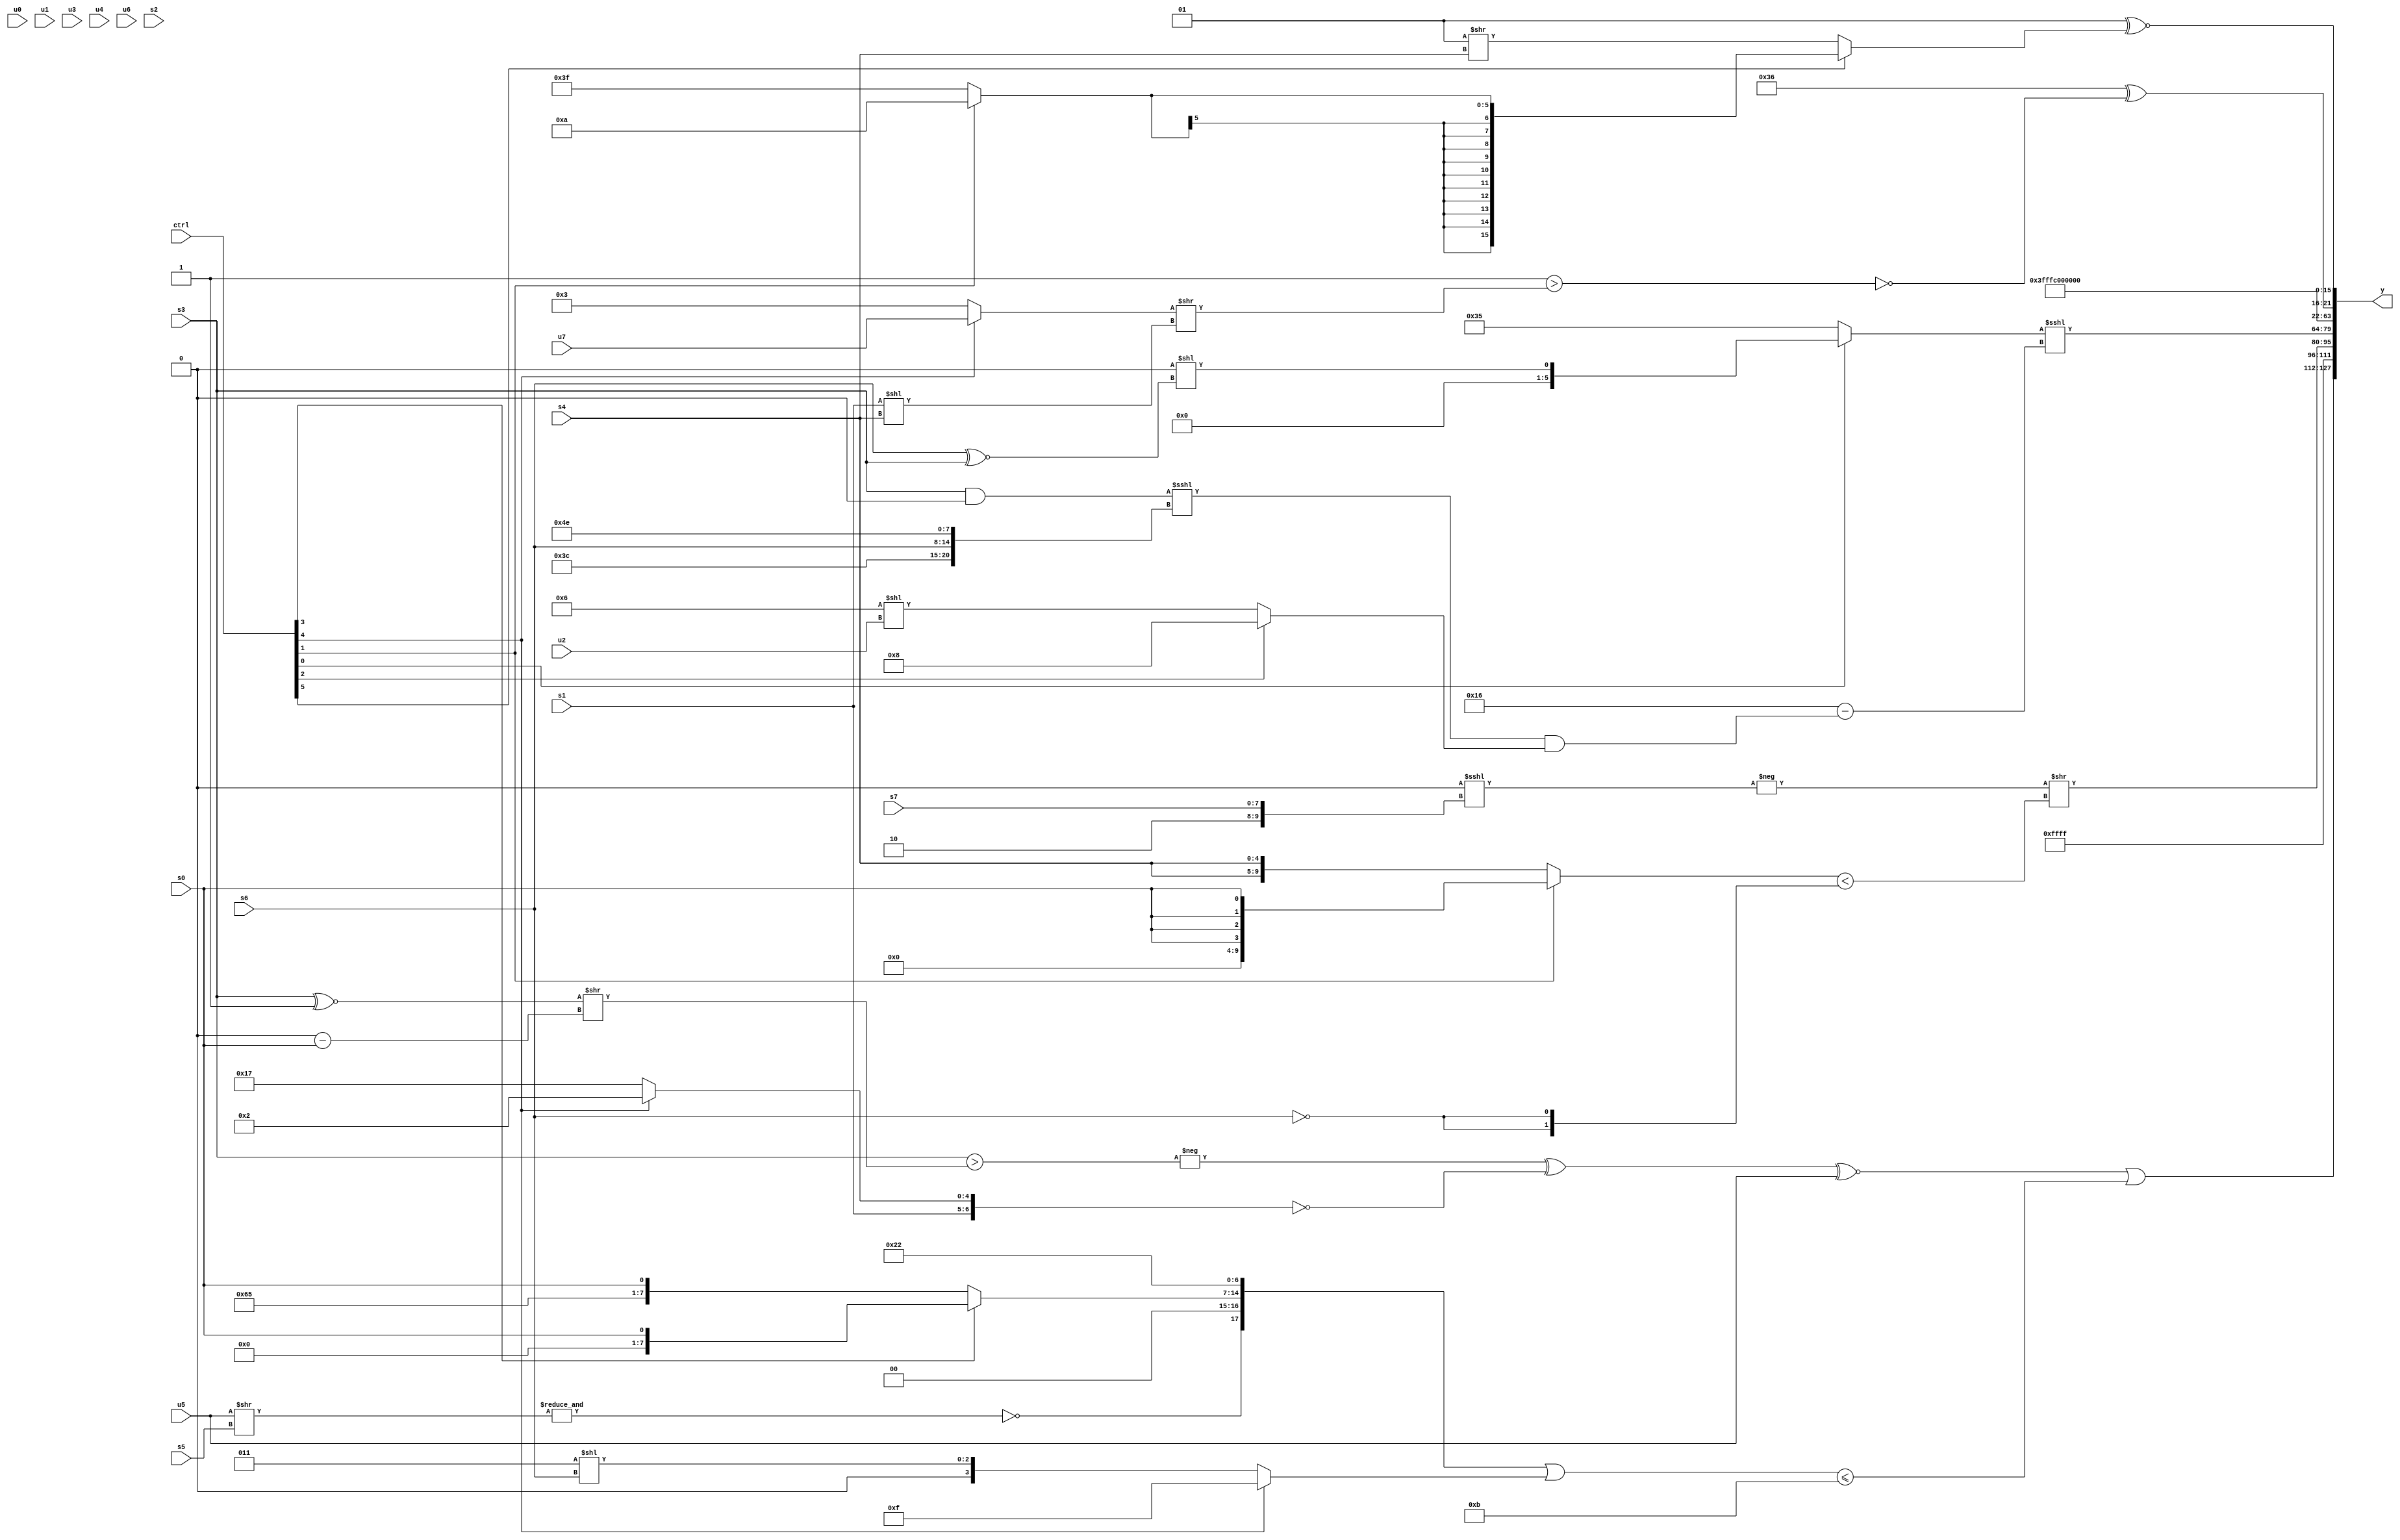
module wideexpr_00738(ctrl, u0, u1, u2, u3, u4, u5, u6, u7, s0, s1, s2, s3, s4, s5, s6, s7, y);
  input [7:0] ctrl;
  input [0:0] u0;
  input [1:0] u1;
  input [2:0] u2;
  input [3:0] u3;
  input [4:0] u4;
  input [5:0] u5;
  input [6:0] u6;
  input [7:0] u7;
  input signed [0:0] s0;
  input signed [1:0] s1;
  input signed [2:0] s2;
  input signed [3:0] s3;
  input signed [4:0] s4;
  input signed [5:0] s5;
  input signed [6:0] s6;
  input signed [7:0] s7;
  output [127:0] y;
  wire [15:0] y0;
  wire [15:0] y1;
  wire [15:0] y2;
  wire [15:0] y3;
  wire [15:0] y4;
  wire [15:0] y5;
  wire [15:0] y6;
  wire [15:0] y7;
  assign y = {y0,y1,y2,y3,y4,y5,y6,y7};
  assign y0 = (((-((s3)>(((s3)^~(2'sb11))>>((2'sb00)-(s0)))))^(!({s1,(ctrl[4]?3'sb010:5'sb10111)})))^~(u5))|(^((({~&((u5)>>(s5)),(ctrl[3]?{1{s0}}:{5'sb00110,2'sb01,2'sb01,s0}),2'sb01,+((5'sb11101)^(3'sb111))})|((ctrl[4]?4'sb1111:$signed((3'sb011)<<(s6)))))<=(4'b1011)));
  assign y1 = 1'sb1;
  assign y2 = (-((~|($unsigned(4'sb0100)))<<<({$signed(2'sb10),{1{s7}}})))>>(((ctrl[1]?{4{s0}}:{2{s4}}))<({2{!(s6)}}));
  assign y3 = ((ctrl[0]?{1{((1'sb0)<<(5'sb00001))<<((s6)^~(s3))}}:{1{+($signed(6'sb110101))}}))<<<((6'sb010110)-((((s3)&(1'sb0))<<<({6'sb111100,s6,6'sb010011,2'sb10}))&((ctrl[2]?+(6'sb001000):(5'sb00110)<<(u2)))));
  assign y4 = 5'sb11111;
  assign y5 = 1'sb0;
  assign y6 = ($unsigned(6'sb110110))^(!((3'b001)>(((ctrl[4]?u7:2'sb11))>>((s1)<<(s4)))));
  assign y7 = ($signed(+(+(2'b01))))^~((ctrl[5]?(ctrl[1]?6'sb001010:1'sb1):(3'sb001)>>(s4)));
endmodule